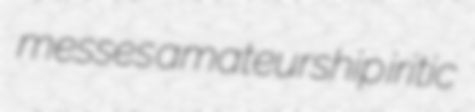
messes amateurship iritic